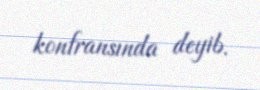
konfransında deyib.